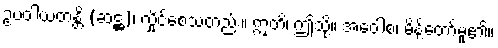
ဥပဝါယတန္တိ (ဆဋ္ဌ)၊ လှိုင်စေသတည်း။ ဣတိ၊ ဤသို့။ အဝေါစ၊ မိန့်တော်မူ၏။